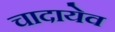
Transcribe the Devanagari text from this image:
चादायेव